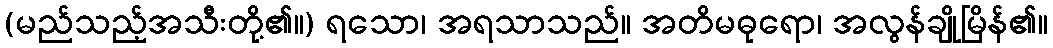
(မည်သည့်အသီးတို့၏။) ရသော၊ အရသာသည်။ အတိမဓုရော၊ အလွန်ချိုမြိန်၏။